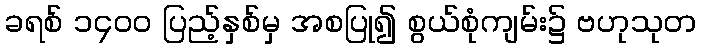
ခရစ် ၁၄၀၀ ပြည့်နှစ်မှ အစပြု၍ စွယ်စုံကျမ်း၌ ဗဟုသုတ